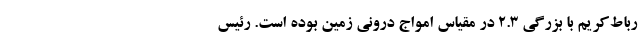
رباط‌کریم با بزرگی ۲.۳ در مقیاس امواج درونی زمین بوده‌ است. رئیس